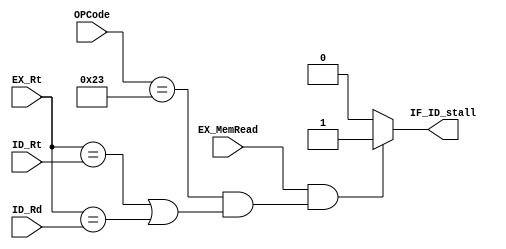
`timescale 1ns / 1ps
//////////////////////////////////////////////////////////////////////////////////
// Company: 
// Engineer: 
// 
// Design Name: 
// Module Name: hazardDetection
// Project Name: 
// Target Devices: 
// Tool Versions: 
// Description: 
// 
// Dependencies: 
// 
// Revision:
// Revision 0.01 - File Created
// Additional Comments:
// 
//////////////////////////////////////////////////////////////////////////////////


module hazardDetection(OPCode, ID_Rt, ID_Rd, EX_Rt, IF_ID_stall, EX_MemRead);

    input [5:0] OPCode;
    input [4:0] ID_Rt, ID_Rd, EX_Rt;
    input EX_MemRead;
    output reg IF_ID_stall;

    initial begin 
        IF_ID_stall = 1'b0;
    end

    always @(ID_Rt, ID_Rd, EX_Rt, OPCode)

        if (EX_MemRead&&(OPCode == 6'b100011&&(EX_Rt == ID_Rt)|(EX_Rt == ID_Rd)))
            IF_ID_stall = 1'b1;

        else 
            IF_ID_stall = 1'b0;

endmodule